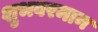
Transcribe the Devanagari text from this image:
शुभवरमान